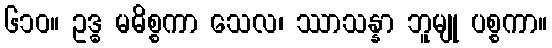
၆၁၀။ ဥဒ္ဓ မဓိစ္စကာ သေလ၊ ဿာသန္နာ ဘူမျု ပစ္စကာ။